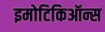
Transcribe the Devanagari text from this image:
इमोटिकिऑन्स